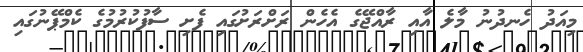
މިއަދު ހެނދުނު މާލެ އާއި ރާއްޖޭގެ އެހެން ރަށްރަށުގައި ފެށި ސާފުކުރުމުގެ ކެމްޕޭނުގައި